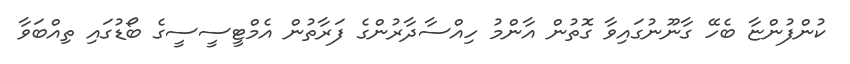
ކުންފުންޏާ ބެހޭ ގާނޫނުގައިވާ ގޮތުން އާންމު ހިއްސާދާރުންގެ ފަރާތުން އެމްޓީސީސީގެ ބޯޑުގައި ތިއްބަވާ